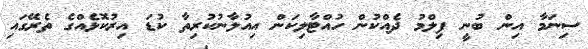
ސިނަމާ އިން ބުނީ ފިލްމު ދެއްކުން ހުއްޓާލިކަން އިއުލާނުކުރިތާ ކުޑަ އިރުކޮޅެއްގެ ތެރޭގައި